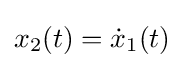
x_{2}(t)={\dot {x}}_{1}(t)